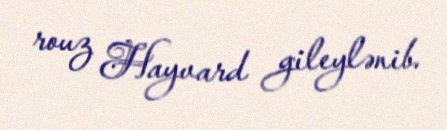
rouz Hayvard gileylənib.